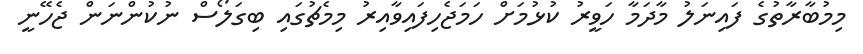
މިމުބާރާތުގެ ފައިނަލު މާދަމާ ހަވީރު ކުޅުމަށް ހަމަޖެހިފައިވާއިރު މިމެޗުގައި ބިގަލޯސް ނުކުންނަން ޖެހޭނީ